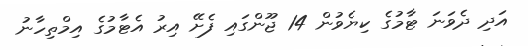
އަދި ދެވަނަ ޓާމުގެ ކިޔެވުން 14 ޖޫންގައި ފެށޭ އިރު އެޓާމުގެ އިމްތިހާނު